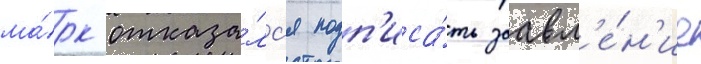
ма́рк отказа́лс'я подп'иса́ть заавл'е́н'ие